画像に写った文字を読んでください
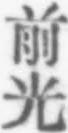
「前光」と書いてあります